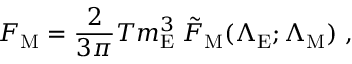
F _ { \mathrm { M } } = \frac { 2 } { 3 \pi } T m _ { \mathrm { E } } ^ { 3 } \; { \tilde { F } } _ { \mathrm { M } } ( { \Lambda } _ { \mathrm { E } } ; { \Lambda } _ { \mathrm { M } } ) \ ,